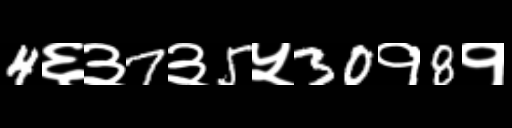
Text: 4६३7३5५30१8१